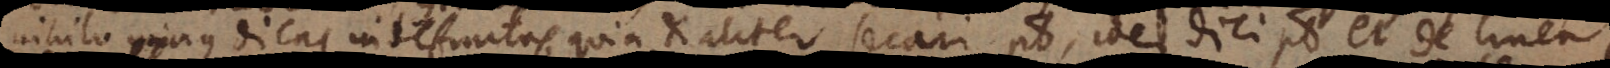
nihilominus dicas indefinitas, quia et aliter secari potest, idem dici potest et de linea